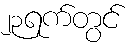
၂၃ရက်တွင်